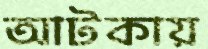
আটকায়